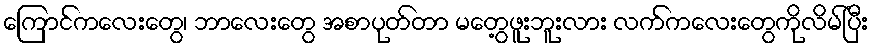
ကြောင်ကလေးတွေ၊ ဘာလေးတွေ အစာပုတ်တာ မတွေ့ဖူးဘူးလား လက်ကလေးတွေကိုလိမ်ပြီး